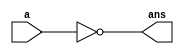
`timescale 1ns / 1ps

module not1x1(
  input a,
  output ans
  );

  not g1(ans,a);  

endmodule